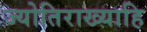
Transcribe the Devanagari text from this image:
ज्योतिराख्याहि